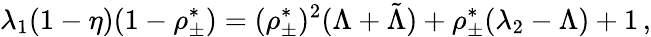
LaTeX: \lambda_{1}(1-\eta)(1-\rho_{\pm}^{*})=(\rho_{\pm}^{*})^{2}(\Lambda+\tilde{\Lambda})+\rho_{\pm}^{*}(\lambda_{2}-\Lambda)+1\, ,